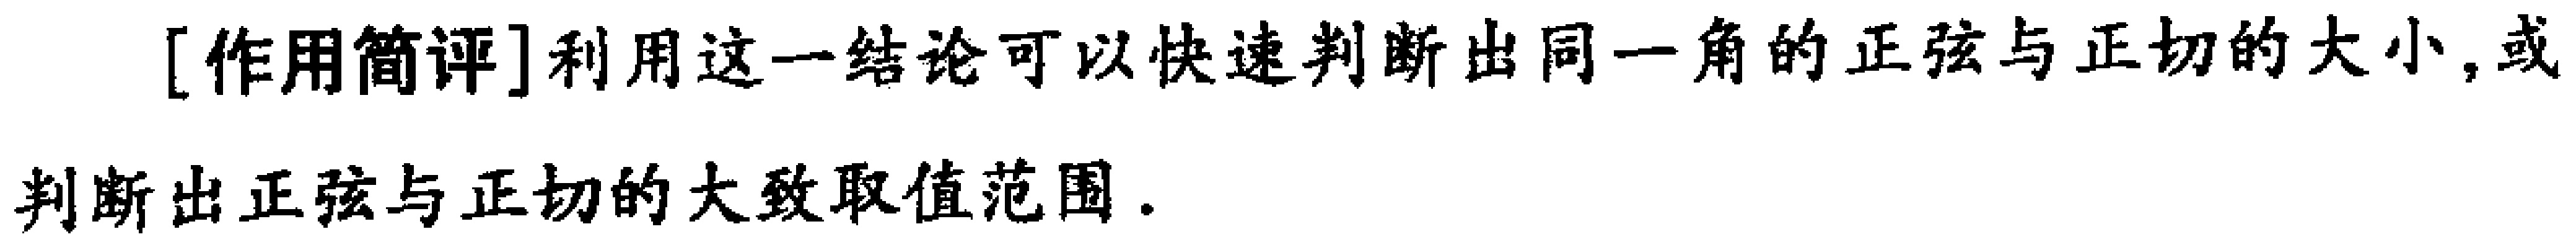
[作用简评]利用这一结论可以快速判断出同一角的正弦与正切的大小,或判断出正弦与正切的大致取值范围.